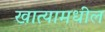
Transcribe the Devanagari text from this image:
खात्यामधील